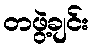
တဖွဲ့ချင်း